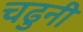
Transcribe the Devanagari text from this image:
चढुनी